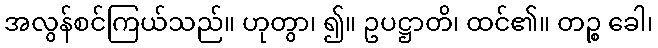
အလွန်စင်ကြယ်သည်။ ဟုတွာ၊ ၍။ ဥပဋ္ဌာတိ၊ ထင်၏။ တဉ္စ ခေါ၊